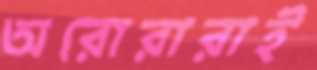
অরোরারাই